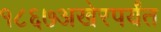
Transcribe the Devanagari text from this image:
१८६७अखेरपर्यंत